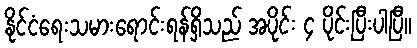
နိုင်ငံရေးသမားရောင်းရန်ရှိသည် အပိုင်း ၄ ပိုင်းပြီးပါပြီ။